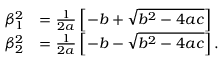
\begin{array} { c l } { \beta _ { 1 } ^ { 2 } } & { = \frac { 1 } { 2 a } \left[ - b + \sqrt { b ^ { 2 } - 4 a c } \right] } \\ { \beta _ { 2 } ^ { 2 } } & { = \frac { 1 } { 2 a } \left[ - b - \sqrt { b ^ { 2 } - 4 a c } \right] . } \end{array}